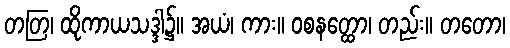
တတြ၊ ထိုကာယသဒ္ဒါ၌။ အယံ၊ ကား။ ဝစနတ္ထော၊ တည်း။ တတော၊